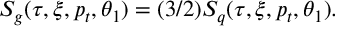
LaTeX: S _ { g } ( \tau , \xi , p _ { t } , \theta _ { 1 } ) = ( 3 / 2 ) S _ { q } ( \tau , \xi , p _ { t } , \theta _ { 1 } ) .